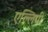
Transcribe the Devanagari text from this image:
एल्लिपी